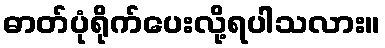
ဓာတ်ပုံရိုက်ပေးလို့ရပါသလား။